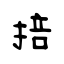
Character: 掊